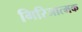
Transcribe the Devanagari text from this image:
गिरिजात्मक